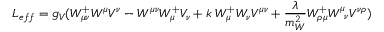
L _ { e f f } = g _ { V } ( W _ { \mu \nu } ^ { + } W ^ { \mu } V ^ { \nu } - W ^ { \mu \nu } W _ { \mu } ^ { + } V _ { \nu } + k \; W _ { \mu } ^ { + } W _ { \nu } V ^ { \mu \nu } + \frac { \lambda } { m _ { W } ^ { 2 } } W _ { \rho \mu } ^ { + } W _ { \; \; \nu } ^ { \mu } V ^ { \nu \rho } )